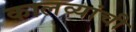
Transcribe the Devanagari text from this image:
कालव्यांची